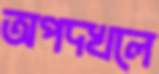
অপদখলে